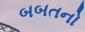
બબતનો